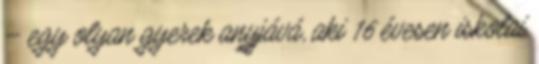
– egy olyan gyerek anyjává, aki 16 évesen iskolai